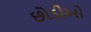
છોડીઓ